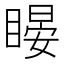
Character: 䁙